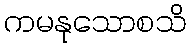
ကမနုသောစသိ